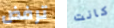
ترفض كانت